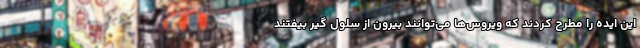
این ایده را مطرح کردند که ویروس‌ها می‌توانند بیرون از سلول گیر بیفتند